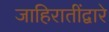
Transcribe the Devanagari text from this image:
जाहिरातींद्वारे